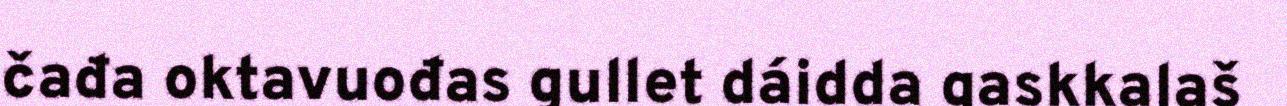
čađa oktavuođas gullet dáidda gaskkalaš